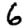
Digit: 6